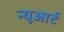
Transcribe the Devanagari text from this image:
न्यूआर्ट